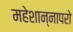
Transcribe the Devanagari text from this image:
महेशान्नापरो